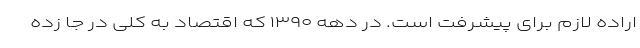
اراده لازم برای پیشرفت است. در دهه ۱۳۹۰ که اقتصاد به کلی در جا زده